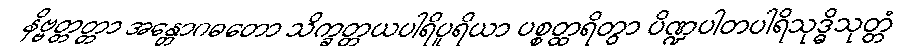
နိဗ္ဗတ္တတ္တာ အန္တောဂဓတော သိက္ခတ္တယပါရိပူရိယာ ပစ္စတ္ထရိတွာ ပိဏ္ဍပါတပါရိသုဒ္ဓိသုတ္တံ